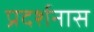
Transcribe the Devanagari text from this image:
प्रदर्शनास